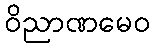
ဝိညာဏမေဝ